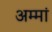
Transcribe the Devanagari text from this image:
अम्‍मां